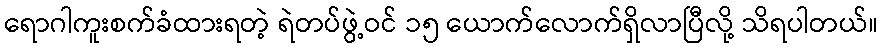
ရောဂါကူးစက်ခံထားရတဲ့ ရဲတပ်ဖွဲ့ဝင် ၁၅ ယောက်လောက်ရှိလာပြီလို့ သိရပါတယ်။